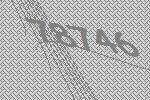
78746